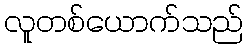
လူတစ်ယောက်သည်